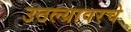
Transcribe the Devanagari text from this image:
उठल्यावरचे